Indian journal of veterinary science and animal husbandry - Volume 10,
Year: 1940
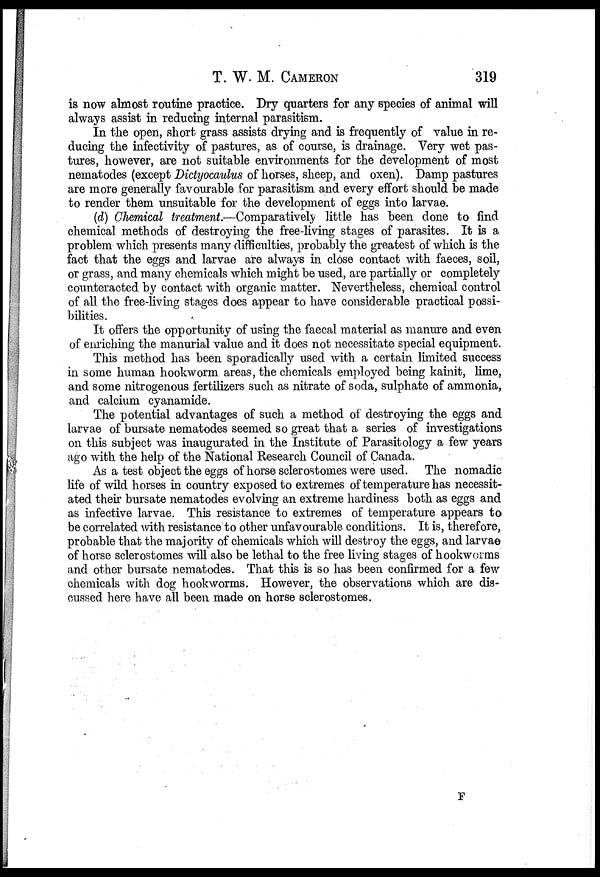
T. W. M.
CAMERON
319
is now almost routine practice. Dry quarters for any species of animal will
always assist in reducing internal parasitism.
In the open, short grass assists drying and is frequently of value in re-
ducing the infectivity of pastures, as of course, is drainage. Very wet pas-
tures, however, are not suitable environments for the development of most
nematodes (except Dictyocaulus of horses, sheep, and oxen). Damp pastures
are more generally favourable for parasitism and every effort should be made
to render them unsuitable for the development of eggs into larvae.
(d) Chemical treatment.—Comparatively little has been done to find
chemical methods of destroying the free-living stages of parasites. It is a
problem which presents many difficulties, probably the greatest of which is the
fact that the eggs and larvae are always in close contact with faeces, soil,
or grass, and many chemicals which might be used, are partially or completely
counteracted by contact with organic matter. Nevertheless, chemical control
of all the free-living stages does appear to have considerable practical possi-
bilities.
It offers the opportunity of using the faecal material as manure and even
of enriching the manurial value and it does not necessitate special equipment.
This method has been sporadically used with a certain limited success
in some human hookworm areas, the chemicals employed being kainit, lime,
and some nitrogenous fertilizers such as nitrate of soda, sulphate of ammonia,
and calcium cyanamide.
The potential advantages of such a method of destroying the eggs and
larvae of bursate nematodes seemed so great that a series of investigations
on this subject was inaugurated in the Institute of Parasitology a few years
ago with the help of the National Research Council of Canada.
As a test object the eggs of horse sclerostomes were used. The nomadic
life of wild horses in country exposed to extremes of temperature has necessit-
ated their bursate nematodes evolving an extreme hardiness both as eggs and
as infective larvae. This resistance to extremes of temperature appears to
be correlated with resistance to other unfavourable conditions. It is, therefore,
probable that the majority of chemicals which will destroy the eggs, and larvae
of horse sclerostomes will also be lethal to the free living stages of hookworms
and other bursate nematodes. That this is so has been confirmed for a few
chemicals with dog hookworms. However, the observations which are dis-
cussed here have all been made on horse sclerostomes.
F